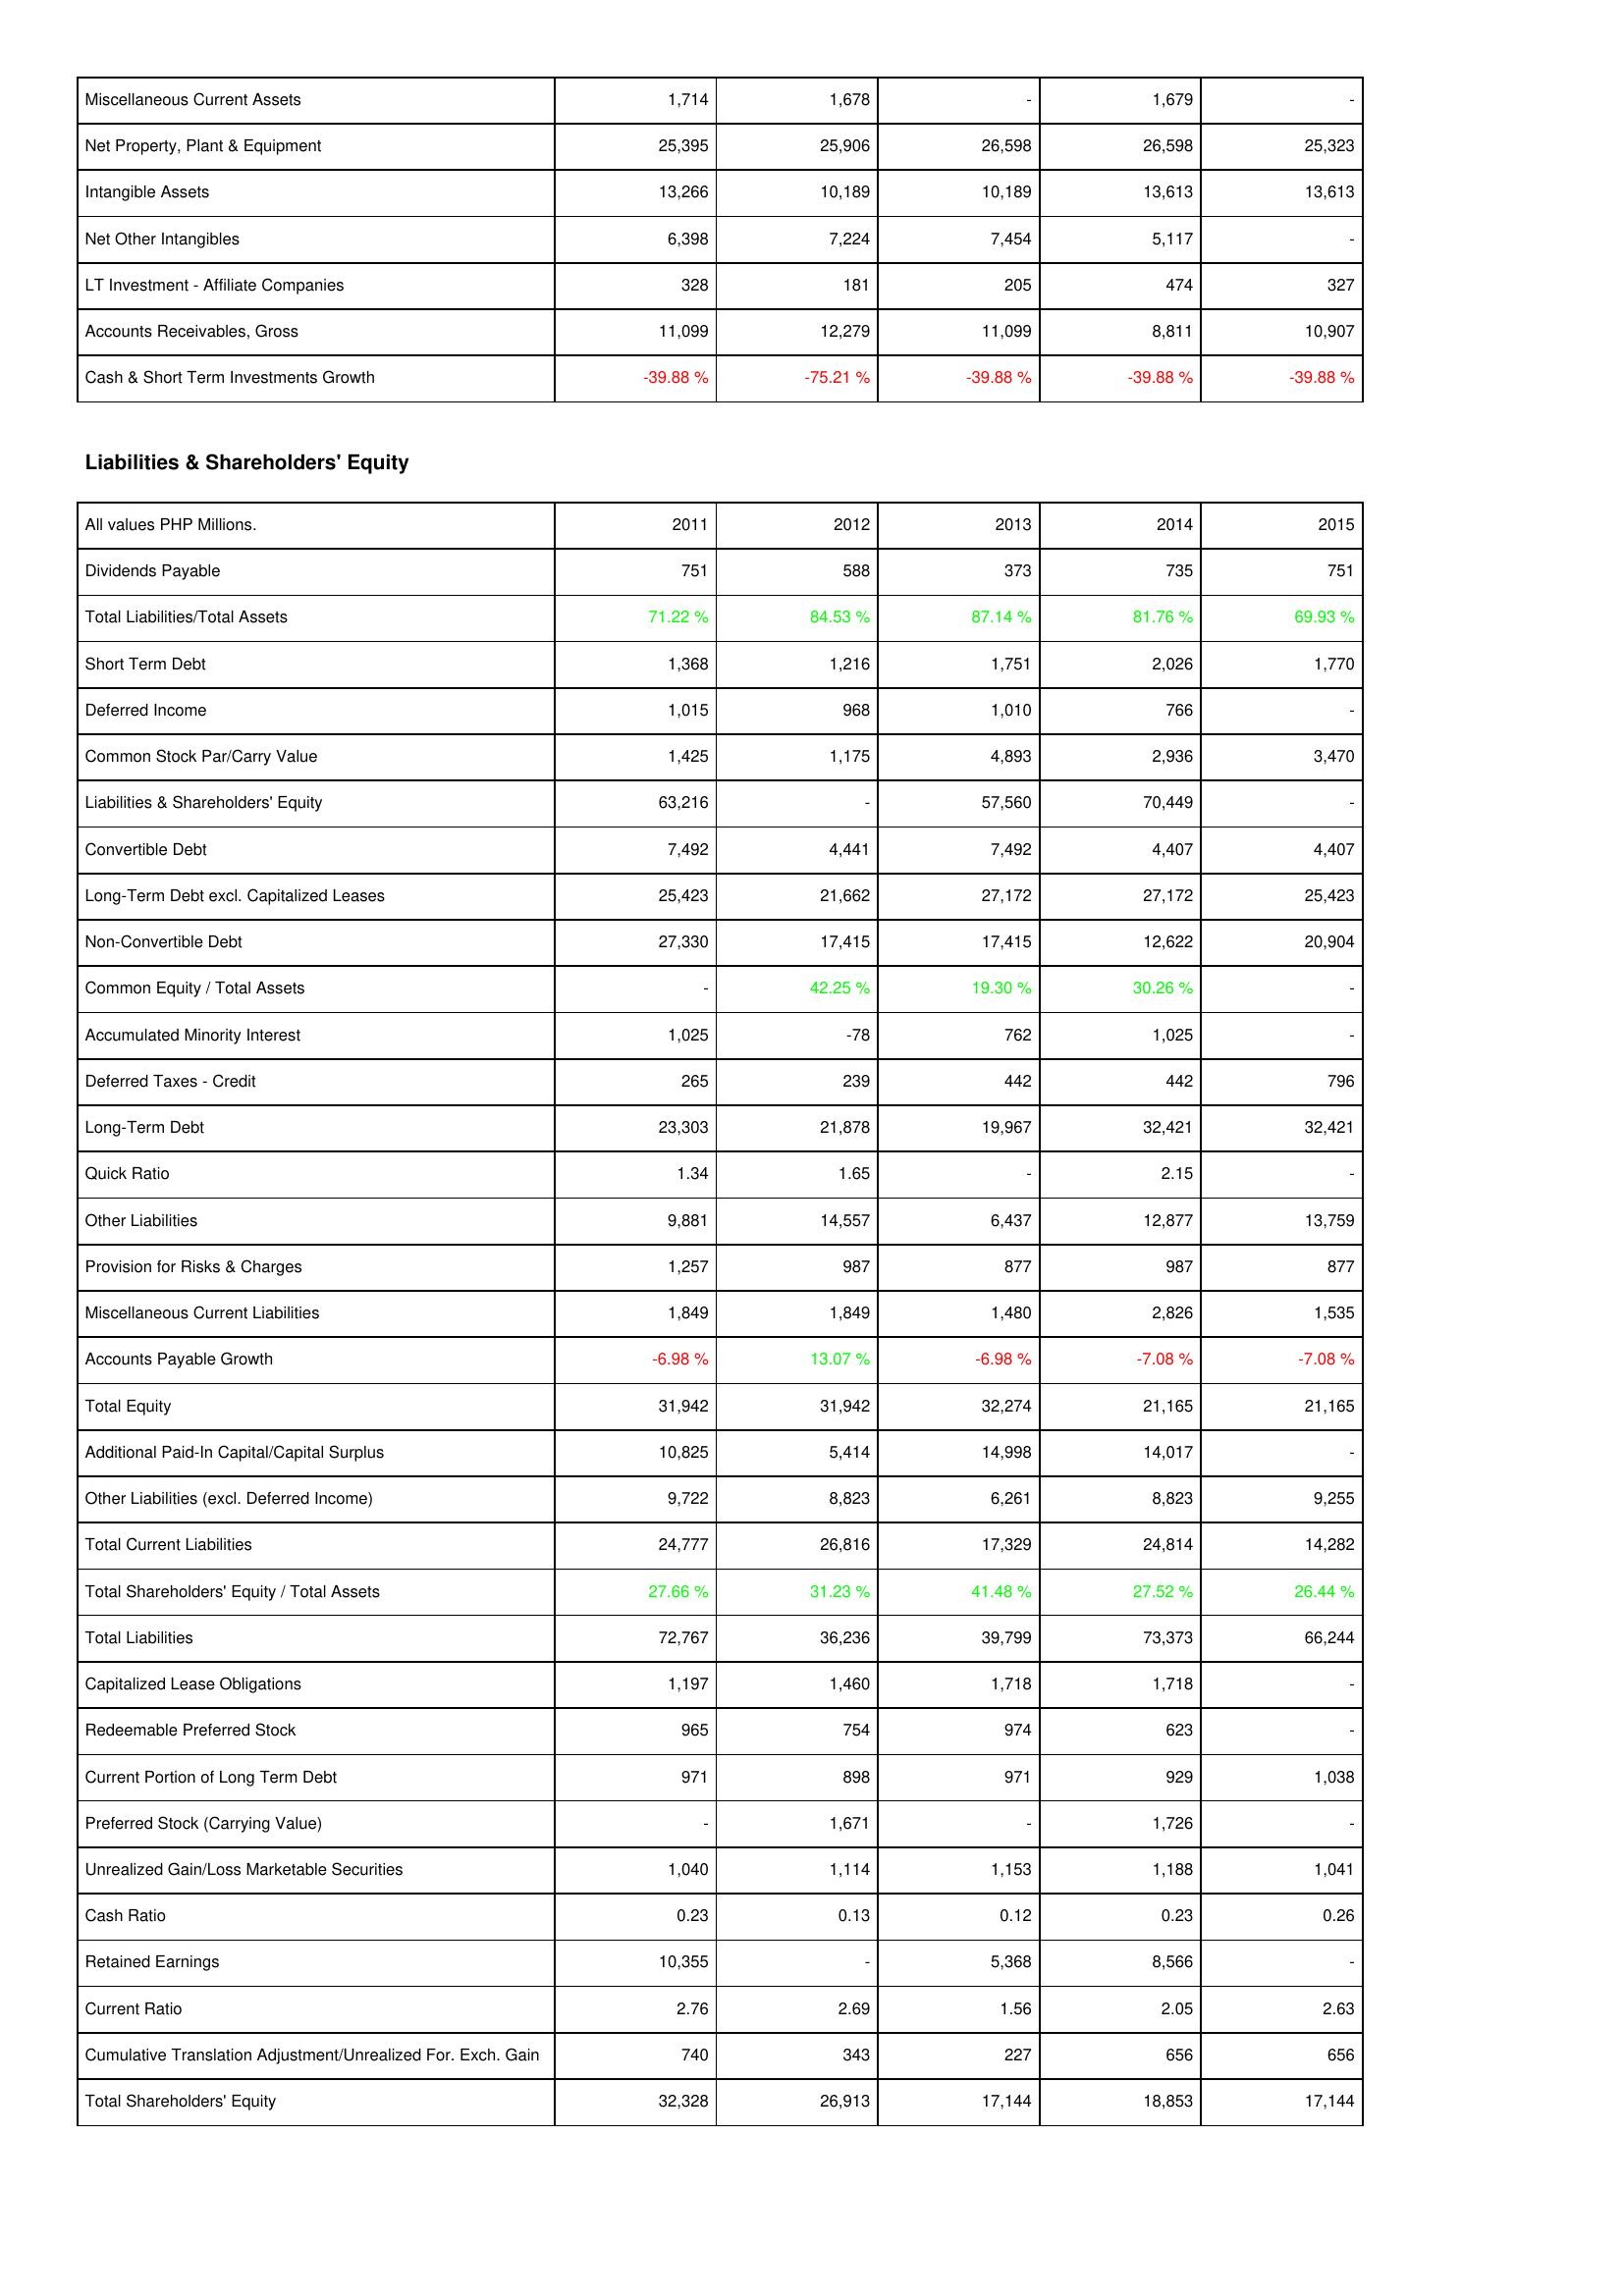
2011: Assets: Miscellaneous Current Assets: 1,714
Net Property, Plant & Equipment: 25,395
Intangible Assets: 13,266
Net Other Intangibles: 6,398
LT Investment - Affiliate Companies: 328
Accounts Receivables, Gross: 11,099
Cash & Short Term Investments Growth: -39.88 %
Liabilities & Shareholders' Equity: Dividends Payable: 751
Total Liabilities/Total Assets: 71.22 %
Short Term Debt: 1,368
Deferred Income: 1,015
Common Stock Par/Carry Value: 1,425
Liabilities & Shareholders' Equity: 63,216
Convertible Debt: 7,492
Long-Term Debt excl. Capitalized Leases: 25,423
Non-Convertible Debt: 27,330
Common Equity / Total Assets: -
Accumulated Minority Interest: 1,025
Deferred Taxes - Credit: 265
Long-Term Debt: 23,303
Quick Ratio: 1.34
Other Liabilities: 9,881
Provision for Risks & Charges: 1,257
Miscellaneous Current Liabilities: 1,849
Accounts Payable Growth: -6.98 %
Total Equity: 31,942
Additional Paid-In Capital/Capital Surplus: 10,825
Other Liabilities (excl. Deferred Income): 9,722
Total Current Liabilities: 24,777
Total Shareholders' Equity / Total Assets: 27.66 %
Total Liabilities: 72,767
Capitalized Lease Obligations: 1,197
Redeemable Preferred Stock: 965
Current Portion of Long Term Debt: 971
Preferred Stock (Carrying Value): -
Unrealized Gain/Loss Marketable Securities: 1,040
Cash Ratio: 0.23
Retained Earnings: 10,355
Current Ratio: 2.76
Cumulative Translation Adjustment/Unrealized For. Exch. Gain: 740
Total Shareholders' Equity: 32,328
2012: Assets: Miscellaneous Current Assets: 1,678
Net Property, Plant & Equipment: 25,906
Intangible Assets: 10,189
Net Other Intangibles: 7,224
LT Investment - Affiliate Companies: 181
Accounts Receivables, Gross: 12,279
Cash & Short Term Investments Growth: -75.21 %
Liabilities & Shareholders' Equity: Dividends Payable: 588
Total Liabilities/Total Assets: 84.53 %
Short Term Debt: 1,216
Deferred Income: 968
Common Stock Par/Carry Value: 1,175
Liabilities & Shareholders' Equity: -
Convertible Debt: 4,441
Long-Term Debt excl. Capitalized Leases: 21,662
Non-Convertible Debt: 17,415
Common Equity / Total Assets: 42.25 %
Accumulated Minority Interest: -78
Deferred Taxes - Credit: 239
Long-Term Debt: 21,878
Quick Ratio: 1.65
Other Liabilities: 14,557
Provision for Risks & Charges: 987
Miscellaneous Current Liabilities: 1,849
Accounts Payable Growth: 13.07 %
Total Equity: 31,942
Additional Paid-In Capital/Capital Surplus: 5,414
Other Liabilities (excl. Deferred Income): 8,823
Total Current Liabilities: 26,816
Total Shareholders' Equity / Total Assets: 31.23 %
Total Liabilities: 36,236
Capitalized Lease Obligations: 1,460
Redeemable Preferred Stock: 754
Current Portion of Long Term Debt: 898
Preferred Stock (Carrying Value): 1,671
Unrealized Gain/Loss Marketable Securities: 1,114
Cash Ratio: 0.13
Retained Earnings: -
Current Ratio: 2.69
Cumulative Translation Adjustment/Unrealized For. Exch. Gain: 343
Total Shareholders' Equity: 26,913
2013: Assets: Miscellaneous Current Assets: -
Net Property, Plant & Equipment: 26,598
Intangible Assets: 10,189
Net Other Intangibles: 7,454
LT Investment - Affiliate Companies: 205
Accounts Receivables, Gross: 11,099
Cash & Short Term Investments Growth: -39.88 %
Liabilities & Shareholders' Equity: Dividends Payable: 373
Total Liabilities/Total Assets: 87.14 %
Short Term Debt: 1,751
Deferred Income: 1,010
Common Stock Par/Carry Value: 4,893
Liabilities & Shareholders' Equity: 57,560
Convertible Debt: 7,492
Long-Term Debt excl. Capitalized Leases: 27,172
Non-Convertible Debt: 17,415
Common Equity / Total Assets: 19.30 %
Accumulated Minority Interest: 762
Deferred Taxes - Credit: 442
Long-Term Debt: 19,967
Quick Ratio: -
Other Liabilities: 6,437
Provision for Risks & Charges: 877
Miscellaneous Current Liabilities: 1,480
Accounts Payable Growth: -6.98 %
Total Equity: 32,274
Additional Paid-In Capital/Capital Surplus: 14,998
Other Liabilities (excl. Deferred Income): 6,261
Total Current Liabilities: 17,329
Total Shareholders' Equity / Total Assets: 41.48 %
Total Liabilities: 39,799
Capitalized Lease Obligations: 1,718
Redeemable Preferred Stock: 974
Current Portion of Long Term Debt: 971
Preferred Stock (Carrying Value): -
Unrealized Gain/Loss Marketable Securities: 1,153
Cash Ratio: 0.12
Retained Earnings: 5,368
Current Ratio: 1.56
Cumulative Translation Adjustment/Unrealized For. Exch. Gain: 227
Total Shareholders' Equity: 17,144
2014: Assets: Miscellaneous Current Assets: 1,679
Net Property, Plant & Equipment: 26,598
Intangible Assets: 13,613
Net Other Intangibles: 5,117
LT Investment - Affiliate Companies: 474
Accounts Receivables, Gross: 8,811
Cash & Short Term Investments Growth: -39.88 %
Liabilities & Shareholders' Equity: Dividends Payable: 735
Total Liabilities/Total Assets: 81.76 %
Short Term Debt: 2,026
Deferred Income: 766
Common Stock Par/Carry Value: 2,936
Liabilities & Shareholders' Equity: 70,449
Convertible Debt: 4,407
Long-Term Debt excl. Capitalized Leases: 27,172
Non-Convertible Debt: 12,622
Common Equity / Total Assets: 30.26 %
Accumulated Minority Interest: 1,025
Deferred Taxes - Credit: 442
Long-Term Debt: 32,421
Quick Ratio: 2.15
Other Liabilities: 12,877
Provision for Risks & Charges: 987
Miscellaneous Current Liabilities: 2,826
Accounts Payable Growth: -7.08 %
Total Equity: 21,165
Additional Paid-In Capital/Capital Surplus: 14,017
Other Liabilities (excl. Deferred Income): 8,823
Total Current Liabilities: 24,814
Total Shareholders' Equity / Total Assets: 27.52 %
Total Liabilities: 73,373
Capitalized Lease Obligations: 1,718
Redeemable Preferred Stock: 623
Current Portion of Long Term Debt: 929
Preferred Stock (Carrying Value): 1,726
Unrealized Gain/Loss Marketable Securities: 1,188
Cash Ratio: 0.23
Retained Earnings: 8,566
Current Ratio: 2.05
Cumulative Translation Adjustment/Unrealized For. Exch. Gain: 656
Total Shareholders' Equity: 18,853
2015: Assets: Miscellaneous Current Assets: -
Net Property, Plant & Equipment: 25,323
Intangible Assets: 13,613
Net Other Intangibles: -
LT Investment - Affiliate Companies: 327
Accounts Receivables, Gross: 10,907
Cash & Short Term Investments Growth: -39.88 %
Liabilities & Shareholders' Equity: Dividends Payable: 751
Total Liabilities/Total Assets: 69.93 %
Short Term Debt: 1,770
Deferred Income: -
Common Stock Par/Carry Value: 3,470
Liabilities & Shareholders' Equity: -
Convertible Debt: 4,407
Long-Term Debt excl. Capitalized Leases: 25,423
Non-Convertible Debt: 20,904
Common Equity / Total Assets: -
Accumulated Minority Interest: -
Deferred Taxes - Credit: 796
Long-Term Debt: 32,421
Quick Ratio: -
Other Liabilities: 13,759
Provision for Risks & Charges: 877
Miscellaneous Current Liabilities: 1,535
Accounts Payable Growth: -7.08 %
Total Equity: 21,165
Additional Paid-In Capital/Capital Surplus: -
Other Liabilities (excl. Deferred Income): 9,255
Total Current Liabilities: 14,282
Total Shareholders' Equity / Total Assets: 26.44 %
Total Liabilities: 66,244
Capitalized Lease Obligations: -
Redeemable Preferred Stock: -
Current Portion of Long Term Debt: 1,038
Preferred Stock (Carrying Value): -
Unrealized Gain/Loss Marketable Securities: 1,041
Cash Ratio: 0.26
Retained Earnings: -
Current Ratio: 2.63
Cumulative Translation Adjustment/Unrealized For. Exch. Gain: 656
Total Shareholders' Equity: 17,144